Source: Handwritten
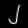
Digit: ၂ (2)